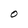
Character: O